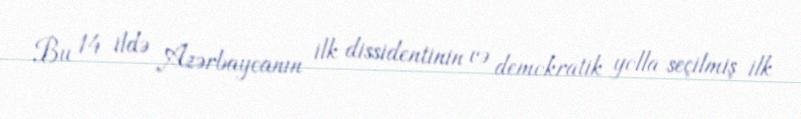
Bu 14 ildə Azərbaycanın ilk dissidentinin və demokratik yolla seçilmiş ilk